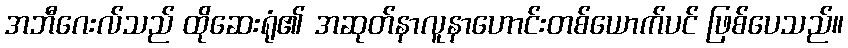
အဘီဂေးလ်သည် ထိုဆေးရုံ၏ အဆုတ်နာလူနာဟောင်းတစ်ယောက်ပင် ဖြစ်ပေသည်။